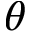
\boldsymbol { \theta }